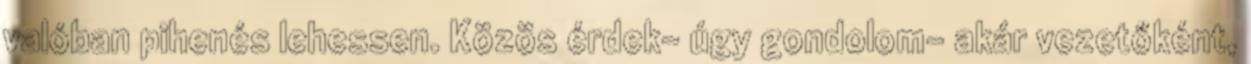
valóban pihenés lehessen. Közös érdek- úgy gondolom- akár vezetőként,